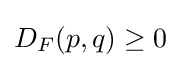
D_{F}(p,q)\geq 0